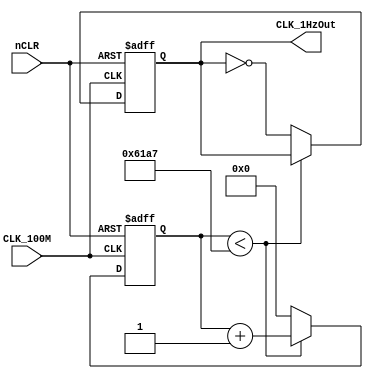
`timescale 1ns / 1ps
//////////////////////////////////////////////////////////////////////////////////
// Company: 
// Engineer: 
// 
// Design Name: 
// Module Name: Divide_to_1Hz
// Project Name: 
// Target Devices: 
// Tool Versions: 
// Description: 
// 
// Dependencies: 
// 
// Revision:
// Revision 0.01 - File Created
// Additional Comments:
// 
//////////////////////////////////////////////////////////////////////////////////


module DV2_2000(CLK_100M,nCLR,CLK_1HzOut);
    parameter N = 25;//
    parameter CLK_Freq = 100_000000;//100MHz
    parameter OUT_Freq = 2000;//1Hz
    input nCLR,CLK_100M;
    output reg CLK_1HzOut;
    reg [N-1:0] Count_DIV;
    
always@(posedge CLK_100M or negedge nCLR)
begin
    if(!nCLR)
        begin
        CLK_1HzOut<=0;//
        Count_DIV<=0;
        end
    else
        begin
            if(Count_DIV<(CLK_Freq/(2*OUT_Freq)-1))
                Count_DIV<=Count_DIV+1'b1;
            else
                begin
                    Count_DIV<=0;
                    CLK_1HzOut<=~CLK_1HzOut;
                end
        end
end
endmodule